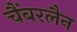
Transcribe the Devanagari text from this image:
चैंबरलैन